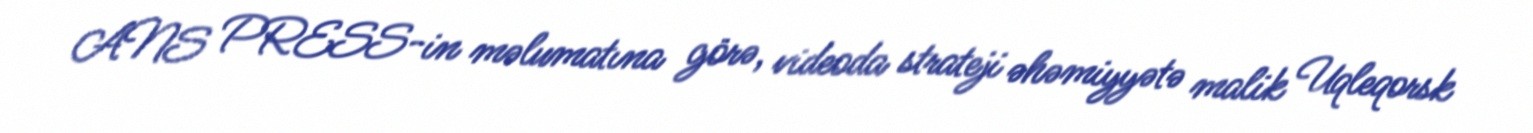
ANS PRESS-in məlumatına görə, videoda strateji əhəmiyyətə malik Uqleqorsk